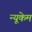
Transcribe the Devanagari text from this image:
न्यूकेम